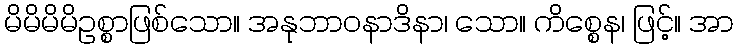
မိမိမိမိဥစ္စာဖြစ်သော။ အနုဘာဝနာဒိနာ၊ သော။ ကိစ္စေန၊ ဖြင့်။ အာ